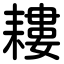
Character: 耬